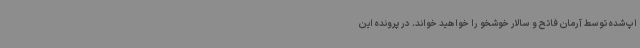
اپ‌شده توسط آرمان فاتح و سالار خوشخو را خواهید خواند. در پرونده این